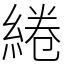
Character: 綣